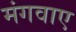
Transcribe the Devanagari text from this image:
मंगवाए